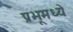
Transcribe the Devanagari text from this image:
प्रभूमध्ये